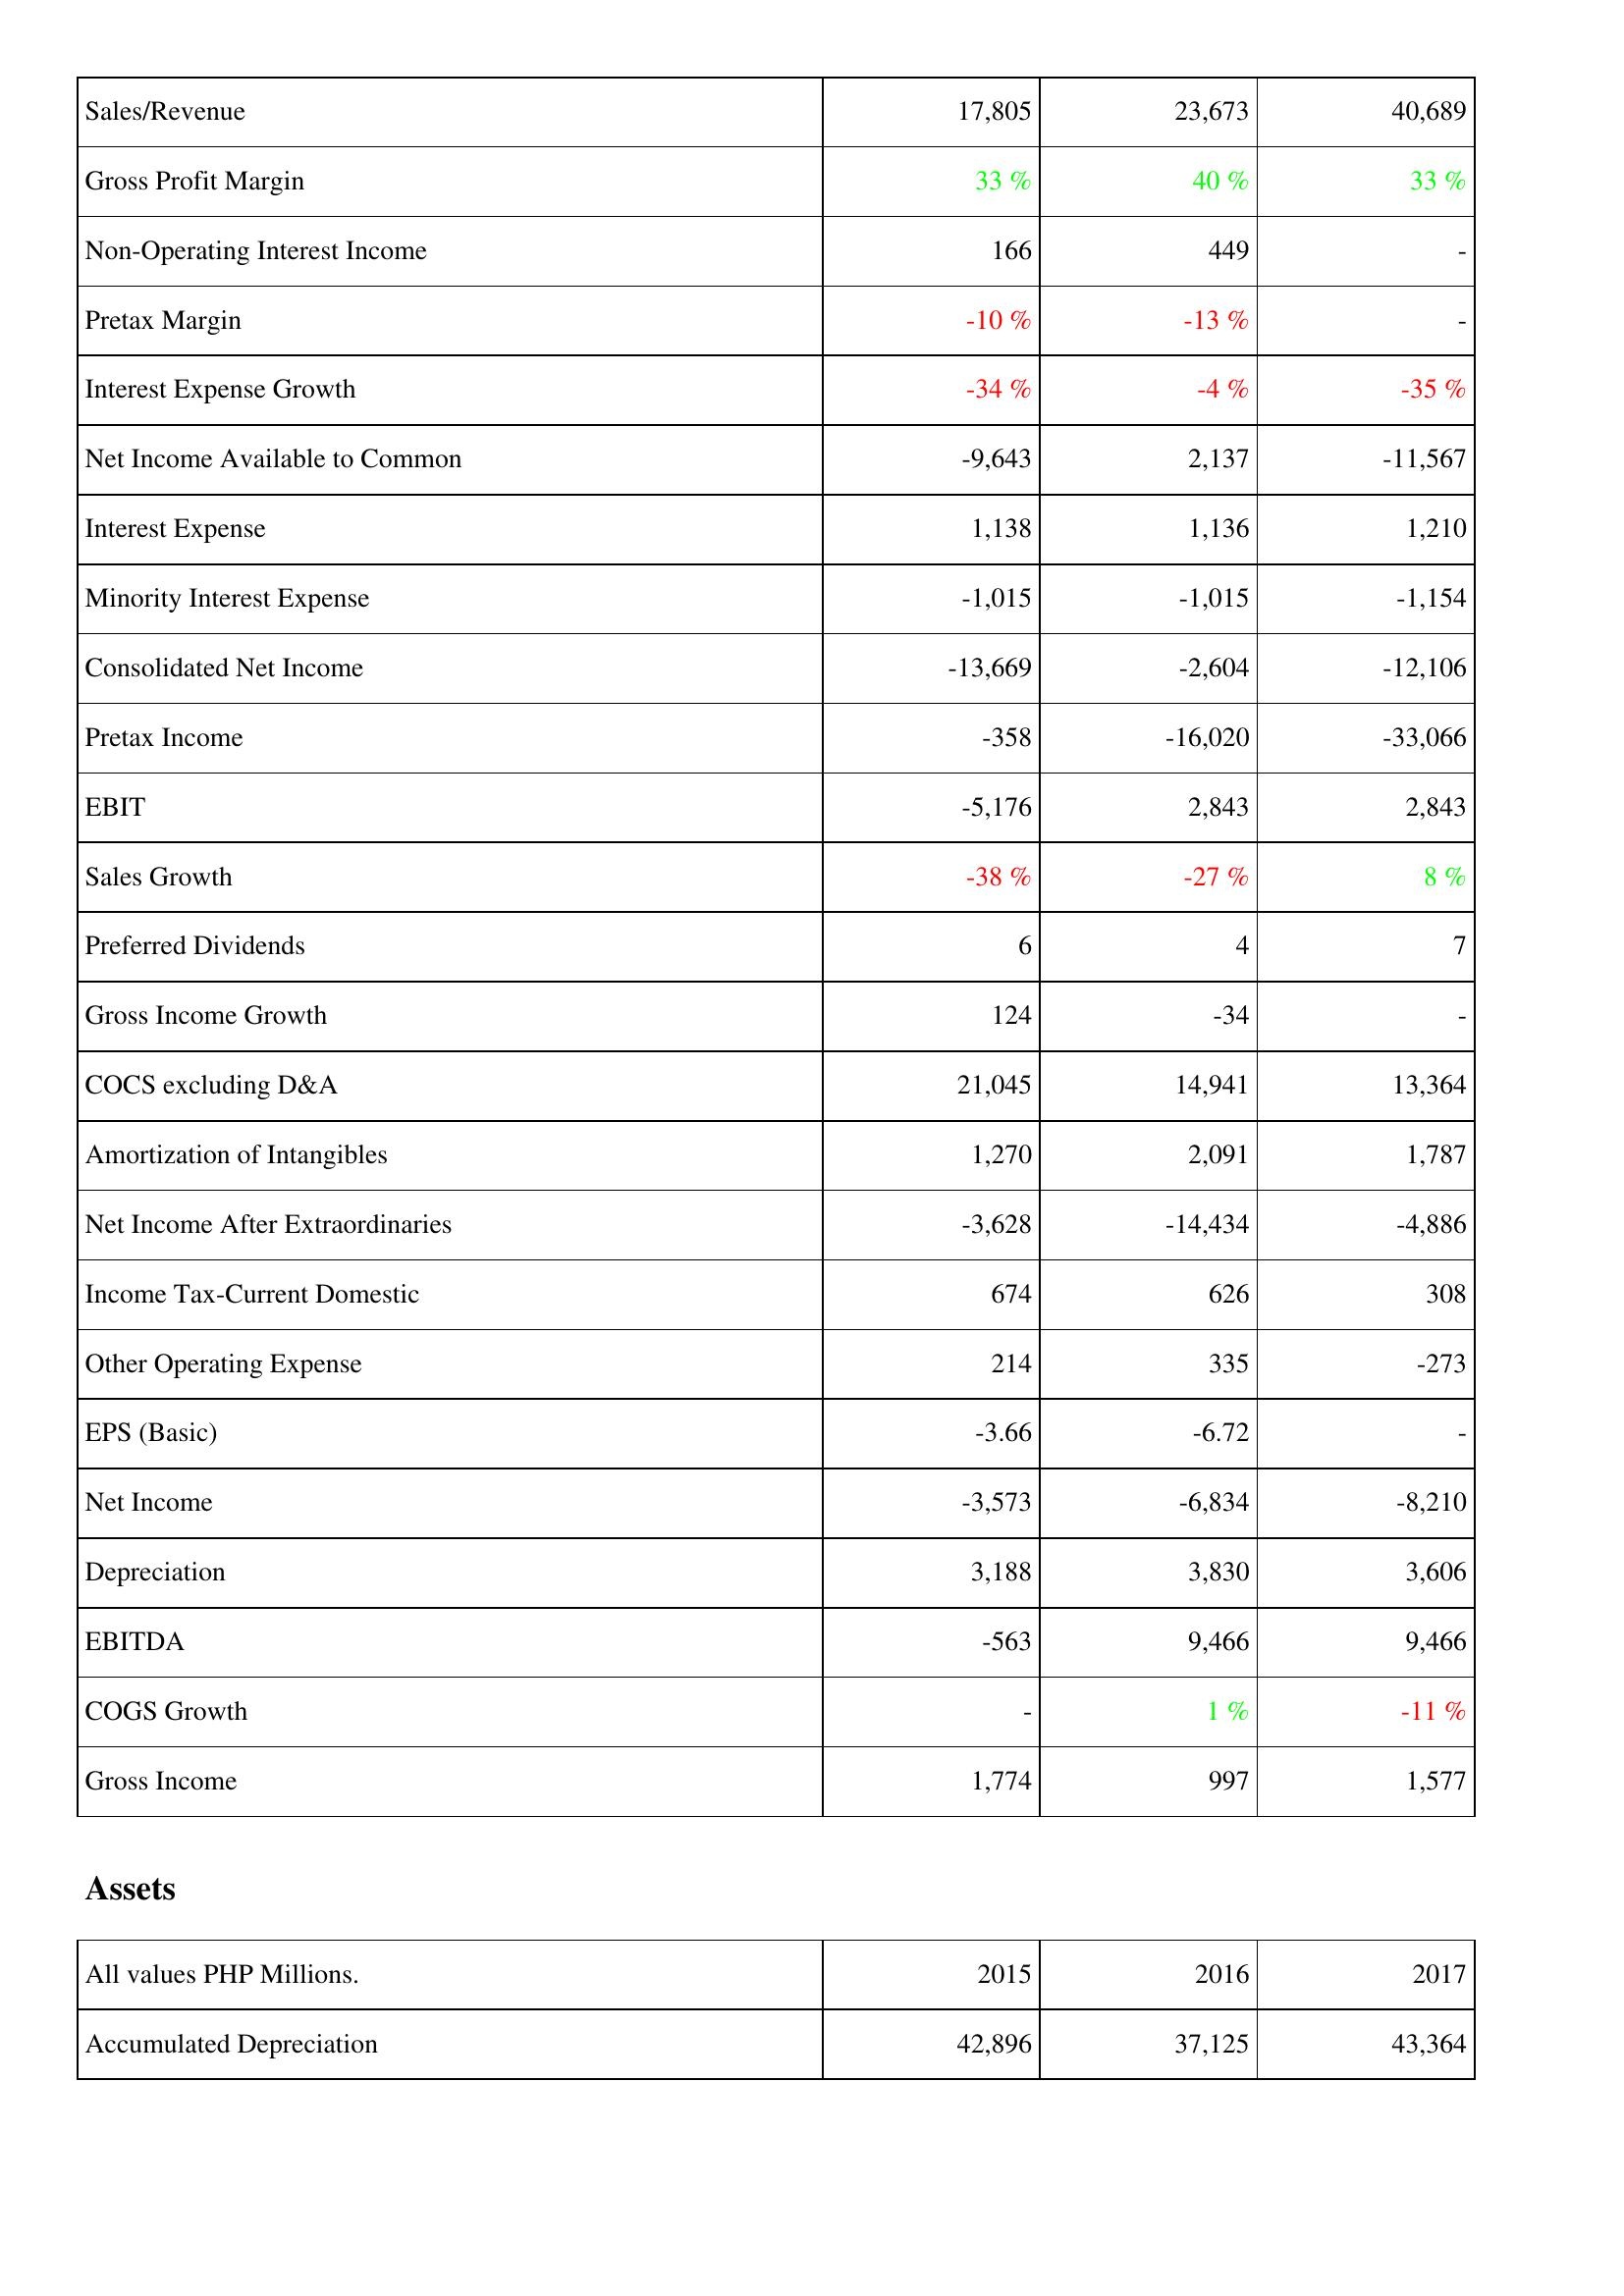
2015: Income Statement: Sales/Revenue: 17,805
Gross Profit Margin: 33 %
Non-Operating Interest Income: 166
Pretax Margin: -10 %
Interest Expense Growth: -34 %
Net Income Available to Common: -9,643
Interest Expense: 1,138
Minority Interest Expense: -1,015
Consolidated Net Income: -13,669
Pretax Income: -358
EBIT: -5,176
Sales Growth: -38 %
Preferred Dividends: 6
Gross Income Growth: 124
COCS excluding D&A: 21,045
Amortization of Intangibles: 1,270
Net Income After Extraordinaries: -3,628
Income Tax-Current Domestic: 674
Other Operating Expense: 214
EPS (Basic): -3.66
Net Income: -3,573
Depreciation: 3,188
EBITDA: -563
COGS Growth: -
Gross Income: 1,774
Assets: Accumulated Depreciation: 42,896
2016: Income Statement: Sales/Revenue: 23,673
Gross Profit Margin: 40 %
Non-Operating Interest Income: 449
Pretax Margin: -13 %
Interest Expense Growth: -4 %
Net Income Available to Common: 2,137
Interest Expense: 1,136
Minority Interest Expense: -1,015
Consolidated Net Income: -2,604
Pretax Income: -16,020
EBIT: 2,843
Sales Growth: -27 %
Preferred Dividends: 4
Gross Income Growth: -34
COCS excluding D&A: 14,941
Amortization of Intangibles: 2,091
Net Income After Extraordinaries: -14,434
Income Tax-Current Domestic: 626
Other Operating Expense: 335
EPS (Basic): -6.72
Net Income: -6,834
Depreciation: 3,830
EBITDA: 9,466
COGS Growth: 1 %
Gross Income: 997
Assets: Accumulated Depreciation: 37,125
2017: Income Statement: Sales/Revenue: 40,689
Gross Profit Margin: 33 %
Non-Operating Interest Income: -
Pretax Margin: -
Interest Expense Growth: -35 %
Net Income Available to Common: -11,567
Interest Expense: 1,210
Minority Interest Expense: -1,154
Consolidated Net Income: -12,106
Pretax Income: -33,066
EBIT: 2,843
Sales Growth: 8 %
Preferred Dividends: 7
Gross Income Growth: -
COCS excluding D&A: 13,364
Amortization of Intangibles: 1,787
Net Income After Extraordinaries: -4,886
Income Tax-Current Domestic: 308
Other Operating Expense: -273
EPS (Basic): -
Net Income: -8,210
Depreciation: 3,606
EBITDA: 9,466
COGS Growth: -11 %
Gross Income: 1,577
Assets: Accumulated Depreciation: 43,364